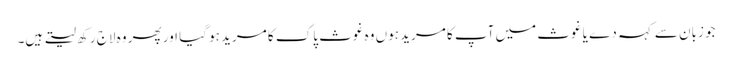
جو زبان سے کہہ دے یا غوث میں آپ کا مرید ہوں وہ غوث پاک کا مرید ہو گیا اور پھر وہ لاج رکھ لیتے ہیں۔